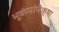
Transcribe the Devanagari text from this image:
भूकंपांपेक्षा